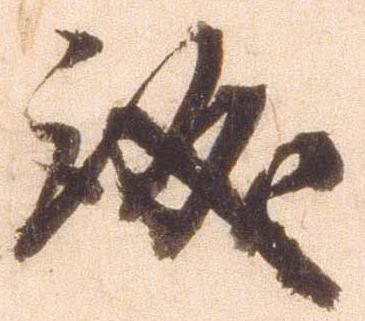
儀